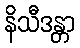
နိသီဒန္တာ